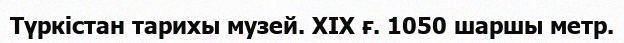
Түркістан тарихы музей. ХІХ ғ. 1050 шаршы метр.